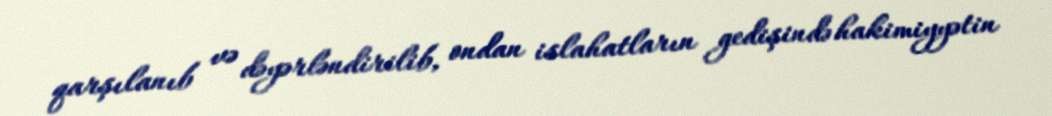
qarşılanıb və dəyərləndirilib, ondan islahatların gedişində hakimiyyətin